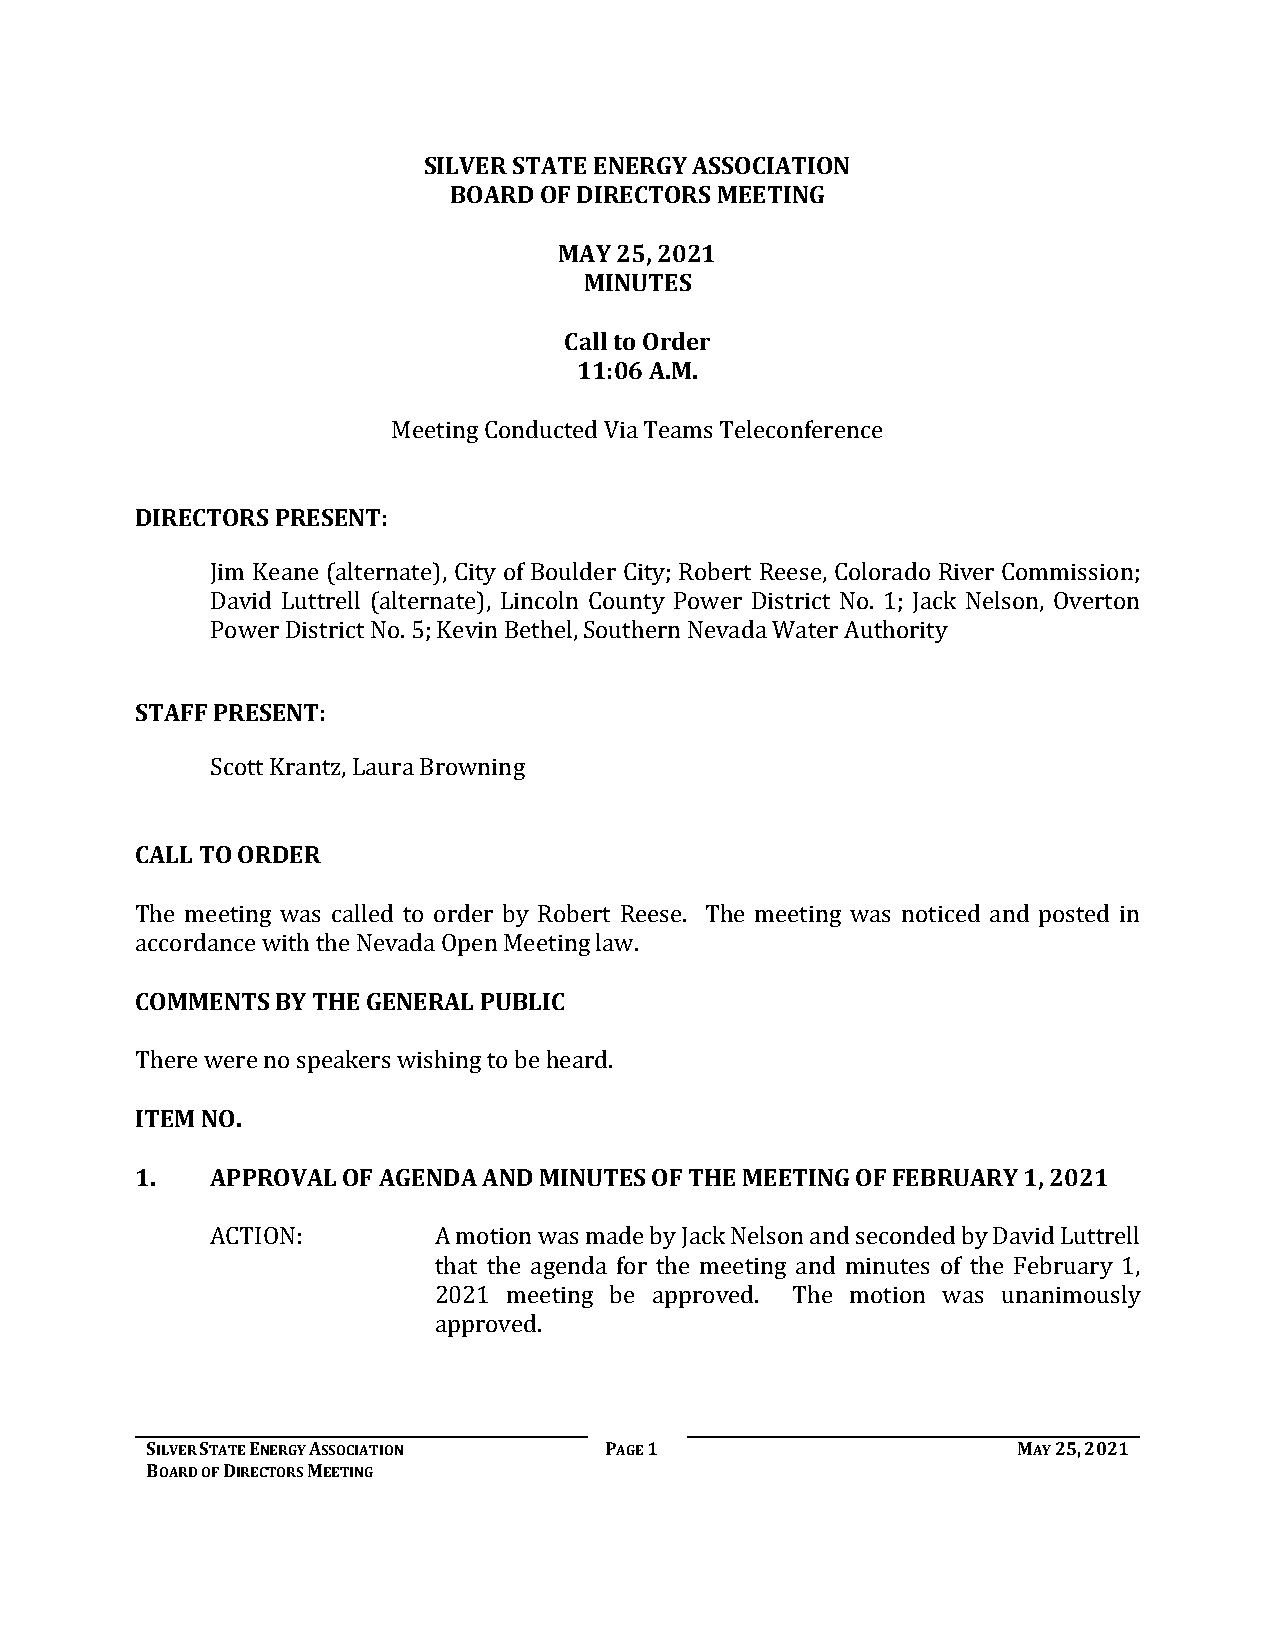
SILVER STATE ENERGY ASSOCIATION
 BOARD OF DIRECTORS MEETING
 MAY 25, 2021
 MINUTES
 Call to Order
 11:06 A.M.
 Meeting Conducted Via Teams Teleconference
 DIRECTORS PRESENT:
 Jim Keane (alternate), City of Boulder City; Robert Reese, Colorado River Commission;
 David Luttrell (alternate), Lincoln County Power District No. 1; Jack Nelson, Overton
 Power District No. 5; Kevin Bethel, Southern Nevada Water Authority
 STAFF PRESENT:
 Scott Krantz, Laura Browning
 CALL TO ORDER
 The meeting was called to order by Robert Reese. The meeting was noticed and posted in
 aCcOcMorMdaEnNcTe Sw BitYh TthHeE N GeEvNadEaR OApLe PnU MBeLeItCin g law.
 TIThEeMre NwOer. e no speakers wishing to be heard.
 1.   APPROVAL OF AGENDA AND MINUTES OF THE MEETING OF FEBRUARY 1, 2021
 ACTION:        A motion was made by Jack Nelson and seconded by David Luttrell
 that the agenda for the meeting and minutes of the February 1,
 2021 meeting be approved. The motion was unanimously
 approved.
 SILVER STATE ENERGY ASSOCIATION PAGE 1                   MAY 25, 2021
 BOARD OF DIRECTORS MEETING